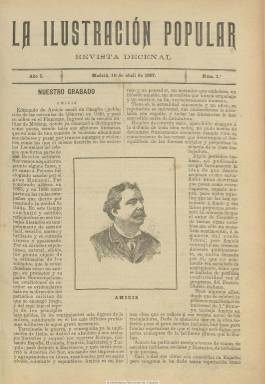
Título: La Ilustración popular (Madrid. 1897)
Colección: Revistas de información general
Ámbito geográfico: Madrid
Lugar de publicación: Madrid
Fechas: 10/04/1897-10/09/1897

Es continuación de la revista decenal socialista La ilustración del pueblo, que tras publicar sus nueve números en el primer trimestre de 1897, modifica el título a La ilustración popular, debido a que no había tenido en cuenta un “detalle” de la legislación. Inicia numeración, publicando su primera entrega el diez de abril de ese año, con la misma forma, estructura y contenidos que el título anterior, no durando más que otros dos trimestres, pues su número 16, correspondiente al diez de septiembre, es el último de la colección. Será por tanto una publicación efímera, dirigida por el tipógrafo, poeta y periodista Álvaro Ortiz Rozas (1855-1907), catalogada como la primera revista de contenidos culturales y literarios del Partido Socialista Obrero Español (1879) que, como complemento al semanario El socialista (1886), que venía siendo ya órgano oficial del partido y con contenidos exclusivamente políticos, fue una empresa personal de uno de sus destacados militantes.

Sigue publicando en su primera página retratos de ilustres socialistas, pero también de escritores de cariz social, sobre los que incluye una semblanza biográfica. Así, a los de Carlos Marx, Federico Engels y Fernando Lasalle, sumará los de Andrea Costa, Eduardo Aveling, Vaillant, Edmundo de Amicis o Charles Dickens, entre otros.

Dado su carácter literario, sigue publicando narraciones, cuentos y poemas, junto a otros textos de carácter doctrinal y cultural. Mantiene, prácticamente, las mismas secciones que su cabecera anterior y los colaboradores. Entre sus textos aparecen también las firmas de José Verdes Montenegro, Rafael Abellán, Juan José Morato, Mauricio Allard y Leon Tolstoi. A partir de su número cuatro, comienza cada entrega con un sumario.

Véase en esta hemeroteca digital el título La ilustración del pueblo. Entre la bibliografía de referencia en la que se da cuenta de estos títulos destacan los estudios de Santiago Castillo (1979) sobre La labor editorial del PSOE en el siglo XIX, y de Pilar Bellido Navarro (1993) sobre Literatura e ideología en la prensa socialista (1885-1917).